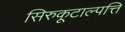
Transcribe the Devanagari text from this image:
सिरुकूटाल्पत्ति